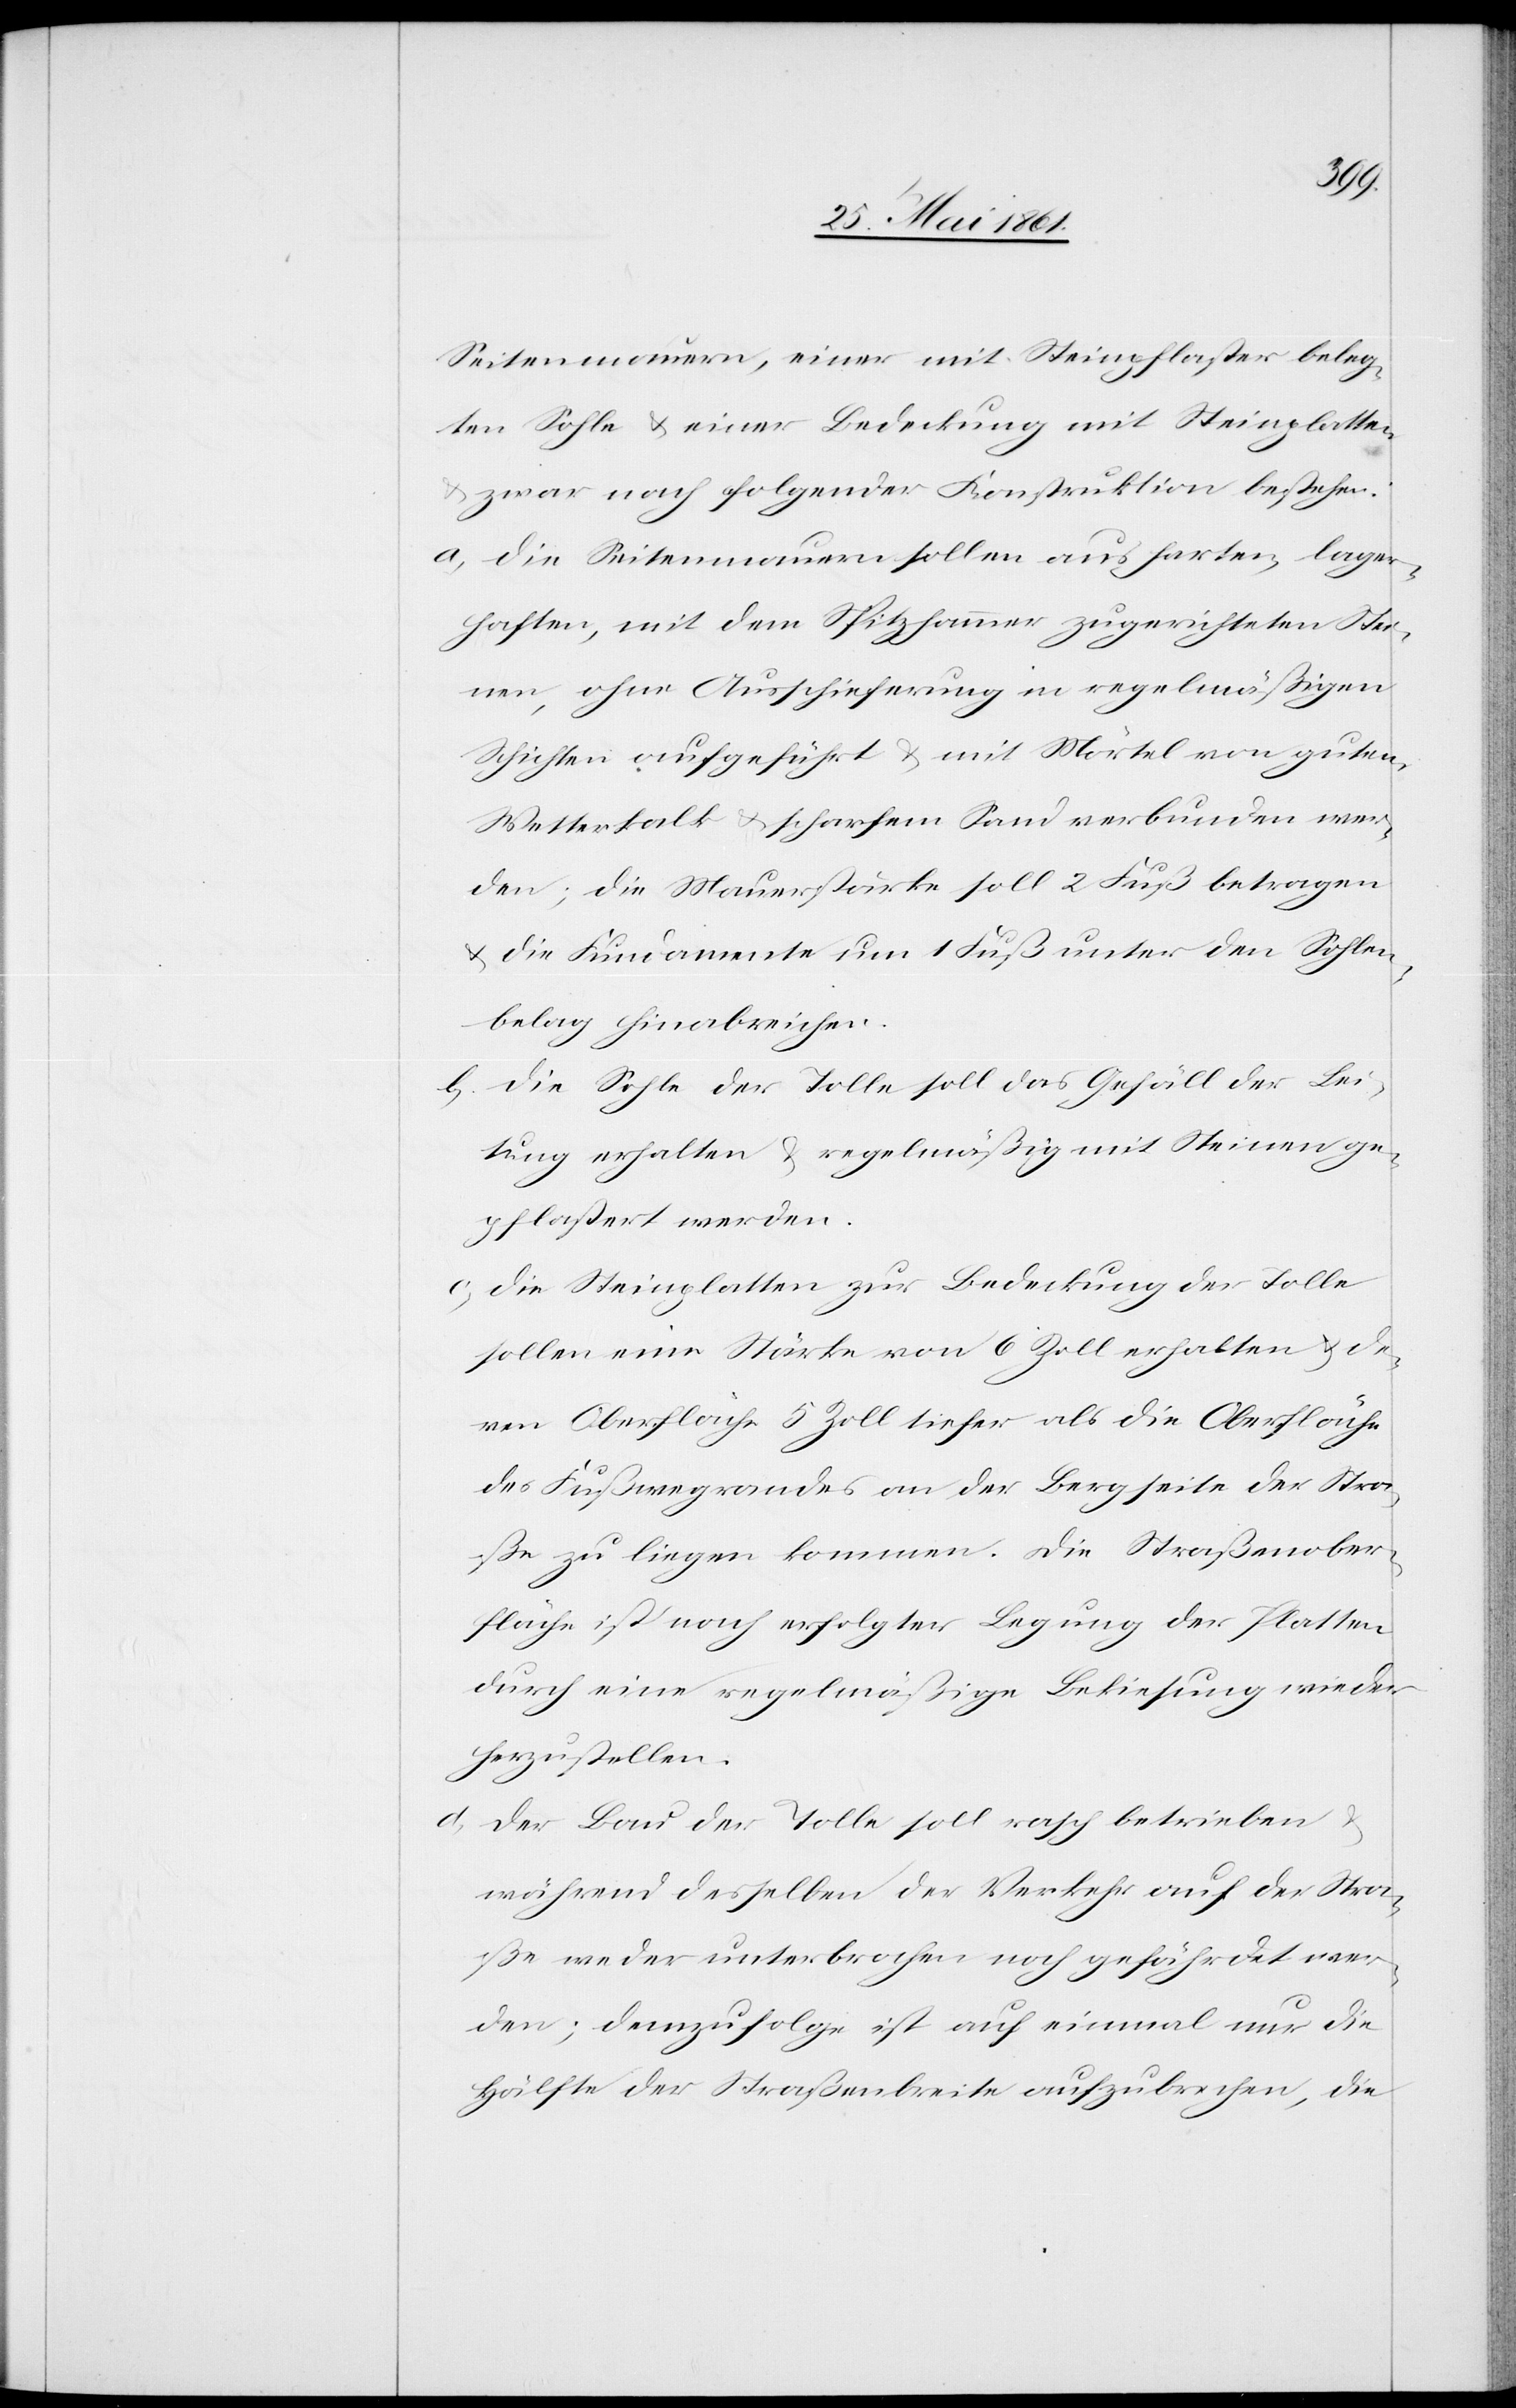
Seitenmauern, einer mit Steinpflaster beleg¬
ten Sohle u. einer Bedeckung mit Steinplatten
u. zwar nach folgender Konstruktion bestehen.
a. Die Seitenmauern sollen aus harten, lager¬
haften, mit dem Spitzhammer zugerichteten Stei¬
nen, ohne Ausschieferung in regelmäßigen
Schichten aufgeführt u. mit Mörtel von gutem
Wetterkalk u. scharfem Sand verbunden wer¬
den; die Mauerstärke soll 2 Fuß betragen
u. die Fundamente um 1 Fuß unter den Sohlen¬
belag hinabreichen.
b. Die Sohle der Tolle soll das Gefäll der Lei¬
tung erhalten u. regelmäßig mit Steinen ge¬
pflastert werden.
c.
Die Steinplatten zur Bedeckung der Tolle
sollen eine Stärke von 6 Zoll erhalten u. de¬
ren Oberfläche 5 Zoll tiefer als die Oberfläche
des Fußwegrandes an der Bergseite der Stra¬
ße zu liegen kommen. Die Straßenober¬
fläche ist nach erfolgter Legung der Platten
durch eine regelmäßige Bekiesung wieder
herzustellen.
d. Der Bau der Tolle soll rasch betrieben u.
während desselben der Verkehr auf der Stra¬
ße weder unterbrochen noch gefährdet wer¬
den; demzufolge ist auf einmal nur die
Hälfte der Straßenbreite aufzubrechen, die